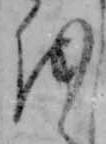
を